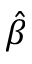
\hat { \beta }